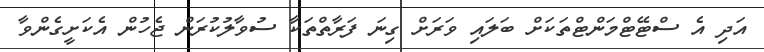
އަދި އެ ސްޓޭޓްމަންޓްތަކަށް ބަލައި ވަރަށް ގިނަ ފަރާތްތަކާ ސުވާލުކުރަން ޖެހުން އެކަށީގެންވާ